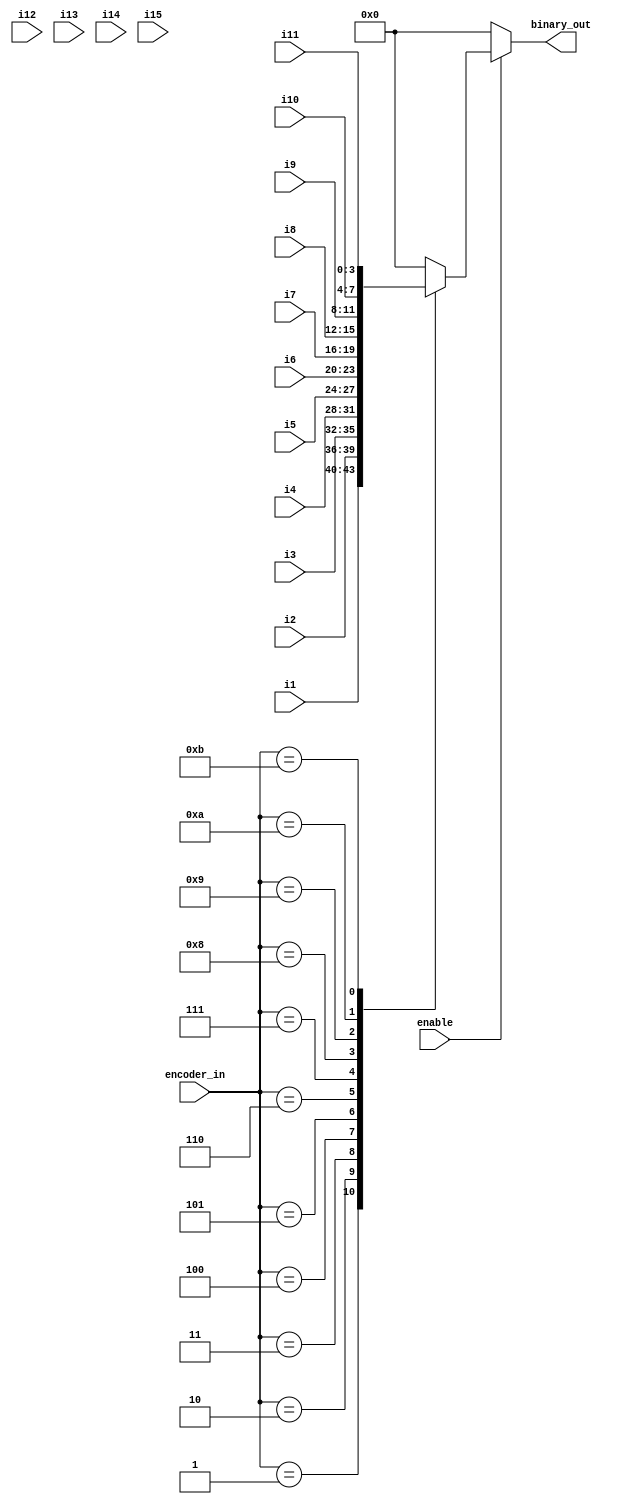
module sc1 (i1 ,
            i2 ,
            i3 ,
            i4 ,
            i5 ,
            i6 ,
            i7 ,
            i8 ,
            i9 ,
            i10,
            i11,
            i12,
            i13,
            i14,
            i15,
            binary_out,
            encoder_in,
            enable
);

input [3:0]   i1 ;
input [3:0]   i2 ;
input [3:0]   i3 ;
input [3:0]   i4 ;
input [3:0]   i5 ;
input [3:0]   i6 ;
input [3:0]   i7 ;
input [3:0]   i8 ;
input [3:0]   i9 ;
input [3:0]   i10 ;
input [3:0]   i11 ;
input [3:0]   i12 ;
input [3:0]   i13 ;
input [3:0]   i14 ;
input [3:0]   i15 ;

output reg [3:0] binary_out  ;

input [3:0] encoder_in ;
input  enable ;



always @ (*)
begin
	binary_out = 0;
	if (enable) begin
		case (encoder_in)
			4'h1 : binary_out = i1;
			4'h2 : binary_out = i2;
			4'h3 : binary_out = i3;
			4'h4 : binary_out = i4;
			4'h5 : binary_out = i5;
			4'h6 : binary_out = i6;
			4'h7 : binary_out = i7;
			4'h8 : binary_out = i8;
			4'h9 : binary_out = i9;
			4'ha : binary_out = i10;
			4'hb : binary_out = i11;/*
			4'hc : binary_out = i12;
			4'hd : binary_out = i13;
			4'he : binary_out = i14;
			4'hf : binary_out = i15;*/
	       endcase
       end
end
endmodule